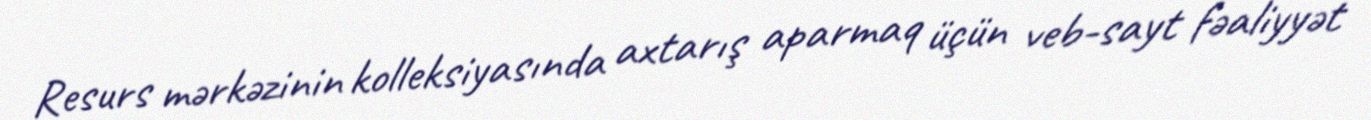
Resurs mərkəzinin kolleksiyasında axtarış aparmaq üçün veb-sayt fəaliyyət